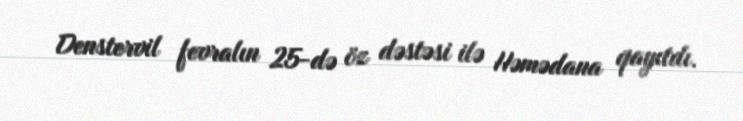
Denstervil fevralın 25-də öz dəstəsi ilə Həmədana qayıtdı.